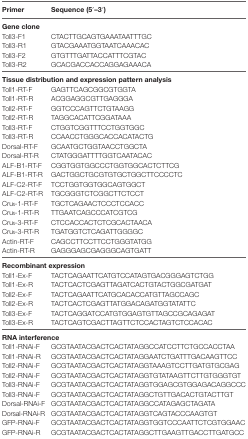
<table><thead><tr><td><b>Primer</b></td><td><b>Sequence (5′–3′)</b></td></tr></thead><tbody><tr><td><b>Gene clone</b></td><td></td></tr><tr><td>Toll3-F1</td><td>CTACTTGCAGTGAAATAATTTGC</td></tr><tr><td>Toll3-R1</td><td>GTACGAAATGGTAATCAAACAC</td></tr><tr><td>Toll3-F2</td><td>GTGTTTGATTACCATTTCGTAC</td></tr><tr><td>Toll3-R2</td><td>GCACGACCACCAGGAGAAACA</td></tr><tr><td colspan="2"><b>Tissue distribution and expression pattern analysis</b></td></tr><tr><td>Toll1-RT-F</td><td>GAGTTCAGCGGCGTGGTA</td></tr><tr><td>Toll1-RT-R</td><td>ACGGAGGCGTTGAGGGA</td></tr><tr><td>Toll2-RT-F</td><td>GGTCCCAGTTCTGTAAGG</td></tr><tr><td>Toll2-RT-R</td><td>TAGGCACATTCGGATAAA</td></tr><tr><td>Toll3-RT-F</td><td>CTGGTCGGTTTCCTGGTGGC</td></tr><tr><td>Toll3-RT-R</td><td>CCAACCTGGGCACCACATACTG</td></tr><tr><td>Dorsal-RT-F</td><td>GCAATGCTGGTAACCTGGCTA</td></tr><tr><td>Dorsal-RT-R</td><td>CTATGGGATTTTGGTCAATACAC</td></tr><tr><td>ALF-B1-RT-F</td><td>CGGTGGTGGCCCTGGTGGCACTCTTCG</td></tr><tr><td>ALF-B1-RT-R</td><td>GACTGGCTGCGTGTGCTGGCTTCCCCTC</td></tr><tr><td>ALF-C2-RT-F</td><td>TCCTGGTGGTGGCAGTGGCT</td></tr><tr><td>ALF-C2-RT-R</td><td>TGCGGGTCTCGGCTTCTCCT</td></tr><tr><td>Cruι-1-RT-F</td><td>TGCTCAGAACTCCCTCCACC</td></tr><tr><td>Cruι-1-RT-R</td><td>TTGAATCAGCCCATCGTCG</td></tr><tr><td>Cruι-3-RT-F</td><td>CTCCACCACTCTCGCACTAACA</td></tr><tr><td>Cruι-3-RT-R</td><td>TGATGGTCTCAGATTGGGGC</td></tr><tr><td>Actin-RT-F</td><td>CAGCCTTCCTTCCTGGGTATGG</td></tr><tr><td>Actin-RT-R</td><td>GAGGGAGCGAGGGCAGTGATT</td></tr><tr><td colspan="2"><b>Recombinant expression</b></td></tr><tr><td>Toll1-Ex-F</td><td>TACTCAGAATTCATGTCCATAGTGACGGGAGTCTGG</td></tr><tr><td>Toll1-Ex-R</td><td>TACTCACTCGAGTTAGATCACTGTACTGGCGATGAT</td></tr><tr><td>Toll2-Ex-F</td><td>TACTCAGAATTCATGCACACCATGTTAGCCAGC</td></tr><tr><td>Toll2-Ex-R</td><td>TACTCACTCGAGTTATGGACAGATGGTATATTC</td></tr><tr><td>Toll3-Ex-F</td><td>TACTCAGGATCCATGTGGAGTGTTAGCCGCAGAGAT</td></tr><tr><td>Toll3-Ex-R</td><td>TACTCAGTCGACTTAGTTCTCCACTAGTCTCCACAC</td></tr><tr><td colspan="2"><b>RNA interference</b></td></tr><tr><td>Toll1-RNAi-F</td><td>GCGTAATACGACTCACTATAGGCCATCCTTCTGCCACCTAA</td></tr><tr><td>Toll1-RNAi-R</td><td>GCGTAATACGACTCACTATAGGAATCTGATTTGACAAGTTCC</td></tr><tr><td>Toll2-RNAi-F</td><td>GCGTAATACGACTCACTATAGGTAAAGTCCTTGATGTGCGAG</td></tr><tr><td>Toll2-RNAi-F</td><td>GCGTAATACGACTCACTATAGGTGTATAAGTTCTTGTGGGTGT</td></tr><tr><td>Toll3-RNAi-F</td><td>GCGTAATACGACTCACTATAGGTGGAGCGTGGAGACAGGCCC</td></tr><tr><td>Toll3-RNAi-F</td><td>GCGTAATACGACTCACTATAGGCTGTTGACACTGTACTTGT</td></tr><tr><td>Dorsal-RNAi-F</td><td>GCGTAATACGACTCACTATAGGCCATAGAGCTAGATA</td></tr><tr><td>Dorsal-RNAi-R</td><td>GCGTAATACGACTCACTATAGGTCAGTACCCAAGTGT</td></tr><tr><td>GFP-RNAi-F</td><td>GCGTAATACGACTCACTATAGGTGGTCCCAATTCTCGTGGAAC</td></tr><tr><td>GFP-RNAi-R</td><td>GCGTAATACGACTCACTATAGGCTTGAAGTTGACCTTGATGCC</td></tr></tbody></table>